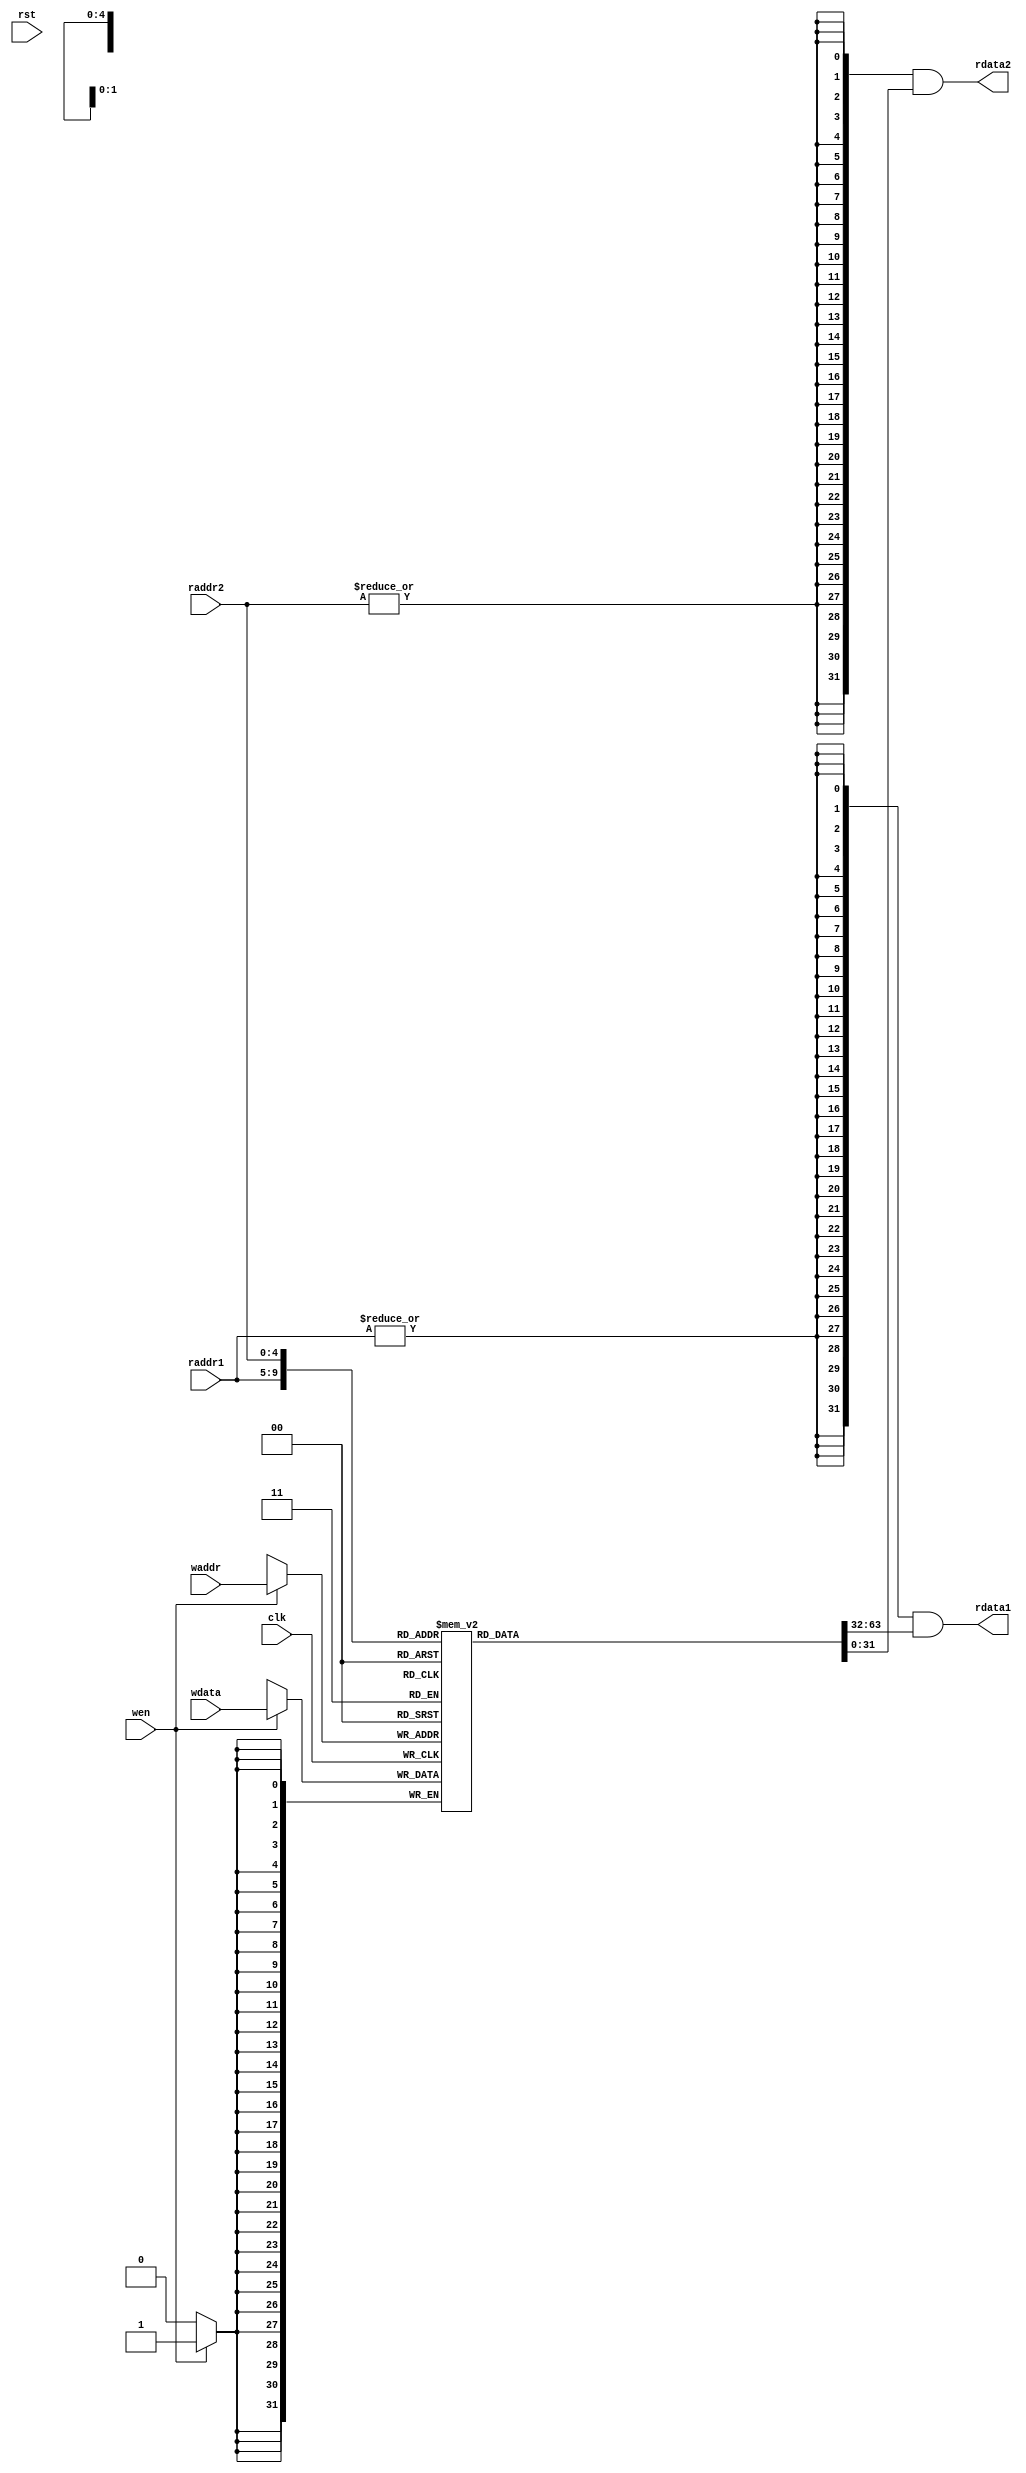
`ifdef PRJ1_FPGA_IMPL
	// the board does not have enough GPIO, so we implement 4 4-bit registers
    `define DATA_WIDTH 4
	`define ADDR_WIDTH 2
`else
    `define DATA_WIDTH 32
	`define ADDR_WIDTH 5
`endif

module reg_file(
	input clk,
	input rst,
	input [`ADDR_WIDTH - 1:0] waddr,
	input [`ADDR_WIDTH - 1:0] raddr1,
	input [`ADDR_WIDTH - 1:0] raddr2,
	input wen,
	input [`DATA_WIDTH - 1:0] wdata,
	output [`DATA_WIDTH - 1:0] rdata1,
	output [`DATA_WIDTH - 1:0] rdata2
);

	// TODO: insert your code
	
    //reg [`DATA_WIDTH - 1:0] mem_1 [0:(1<<`ADDR_WIDTH) - 1];
    //reg [`DATA_WIDTH - 1:0] mem_2 [0:(1<<`ADDR_WIDTH) - 1];
    reg [`DATA_WIDTH - 1:0] mem [0:(1<<`ADDR_WIDTH) - 1];
    //reg [`ADDR_WIDTH:0] i;
    always@(posedge clk)
    begin
        /*
        if(rst)
            for(i=0;i<(1<<`ADDR_WIDTH);i=i+1)
                begin mem_1[i]<=`DATA_WIDTH'b0; mem_2[i]<=`DATA_WIDTH'b0; end
        else */if(wen)
            //begin mem_1[waddr]<=wdata; mem_2[waddr]<=wdata; end
            mem[waddr]<=wdata;
        /* else
            begin mem_1[waddr]<=mem_1[waddr]; mem_2[waddr]<=mem_2[waddr]; end */
    end
    
    //assign rdata1=(|raddr1)?mem_1[raddr1]:32'd0;
    //assign rdata2=(|raddr2)?mem_2[raddr2]:32'd0;
    assign rdata1={`DATA_WIDTH{|raddr1}}&mem[raddr1];
    assign rdata2={`DATA_WIDTH{|raddr2}}&mem[raddr2];
    
    /*
    generate
    genvar i;
    for(i=0;i<32;i=i+1)
    begin: mem_gen
    FDRE FDRE_inst_1 (
    .Q(rdata1[i]), // 1-bit Data output
    .C(clk), // 1-bit Clock input
    .CE(1'b1), // 1-bit Clock enable input
    .R(rst), // 1-bit Synchronous reset input
    .D(wdata[i]) // 1-bit Data input
    );
    FDRE FDRE_inst_2 (
    .Q(rdata2[i]), // 1-bit Data output
    .C(clk), // 1-bit Clock input
    .CE(1'b1), // 1-bit Clock enable input
    .R(rst), // 1-bit Synchronous reset input
    .D(wdata[i]) // 1-bit Data input
    );
    end
    endgenerate
    */
endmodule